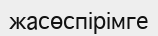
жасөспірімге